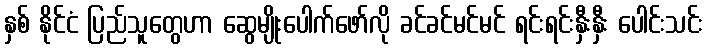
နှစ် နိုင်ငံ ပြည်သူတွေဟာ ဆွေမျိုးပေါက်ဖော်လို ခင်ခင်မင်မင် ရင်းရင်းနှီးနှီး ပေါင်းသင်း